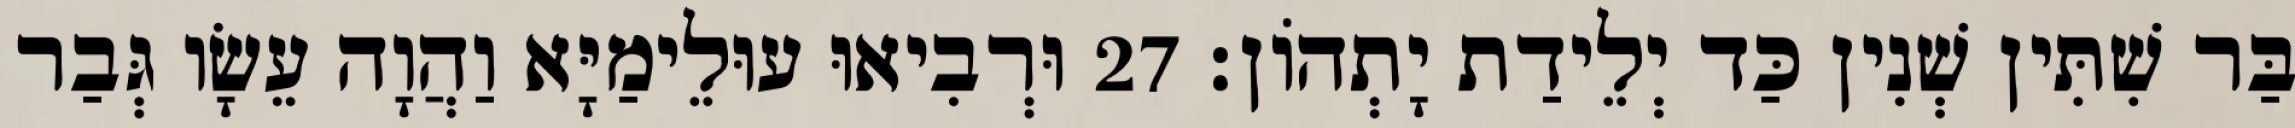
בַּר שִׁתִּין שְׁנִין כַּד יְלֵידַת יָתְהוֹן׃ 27 וּרְבִיאוּ עוּלֵימַיָּא וַהֲוָה עֵשָׂו גְּבַר